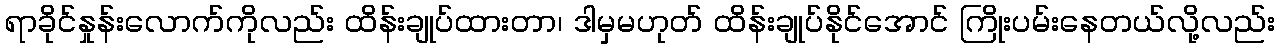
ရာခိုင်နှုန်းလောက်ကိုလည်း ထိန်းချုပ်ထားတာ၊ ဒါမှမဟုတ် ထိန်းချုပ်နိုင်အောင် ကြိုးပမ်းနေတယ်လို့လည်း